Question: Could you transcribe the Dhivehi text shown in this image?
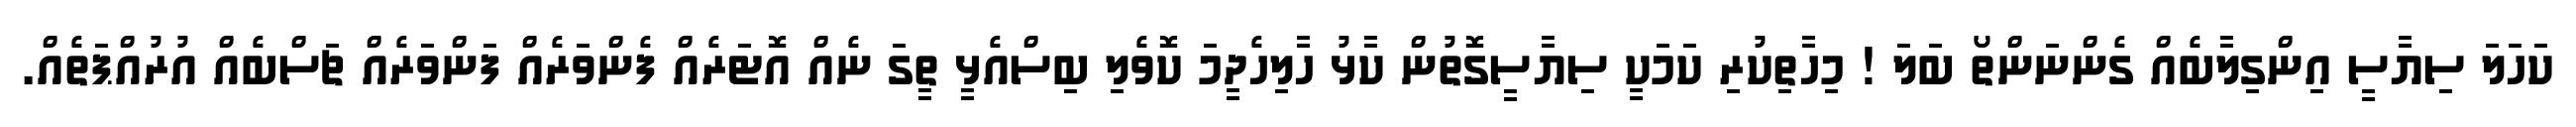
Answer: ކަހަލަ ސިޔާސީ އިންގިލާބެއް ގެންނަންތޯ ބަލަ ! މިހާތިކުރި ކަމަކީ ސިޔާސީގޮތުން ކާޅު ހާލިހެދީމަ ކޮވެލި ބިސްއެޅީ ތީގަ ނެއް އޮޓަރެއް ފެންވަރެއް ފަންވަރެއް ޗަސްބެއް އުރުއްޕަތެއް.